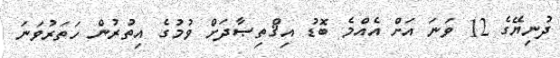
ދުނިޔޭގެ 12 ވަނަ އަށް އެއްމެ ބޮޑު އިޤްތިޞާދަށް ވުމުގެ އިތުރުން ހަތަރުވަނަ